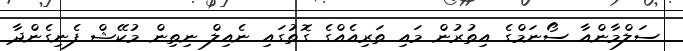
ސަލްމާންއާ ސޯނަމްގެ އިތުރުން މައި ތަރިއެއްގެ ގޮތުގައި ނެއިލް ނިތިން މުކޭޝް ފެނިގެންދާ